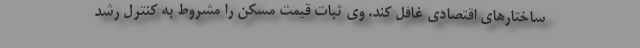
ساختارهای اقتصادی غافل کند. وی ثبات قیمت مسکن را مشروط به کنترل رشد